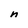
Character: n